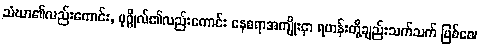
သံဃာ၏လည်းကောင်း, ပုဂ္ဂိုလ်၏လည်းကောင်း နေစရာအကျိုးငှာ ရဟန်းတို့ချည်းသက်သက် ဖြစ်စေ၊